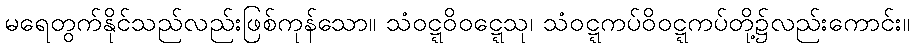
မရေတွက်နိုင်သည်လည်းဖြစ်ကုန်သော။ သံဝဋ္ဋဝိဝဋ္ဋေသု၊ သံဝဋ္ဋကပ်ဝိဝဋ္ဋကပ်တို့၌လည်းကောင်း။